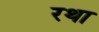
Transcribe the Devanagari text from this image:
रथा